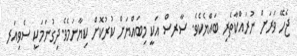
ޖެހޭ ވަރަށް ނުރައްކާތެރި ބައްޔެކެވެ. ސާރސް އަކީ މިބައްޔަށް ކުރުކޮށް ކިޔާނަމެވެ.ދިގުނަމަކީ ސެވިއަރ